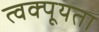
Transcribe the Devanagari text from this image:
त्वक्पूयता